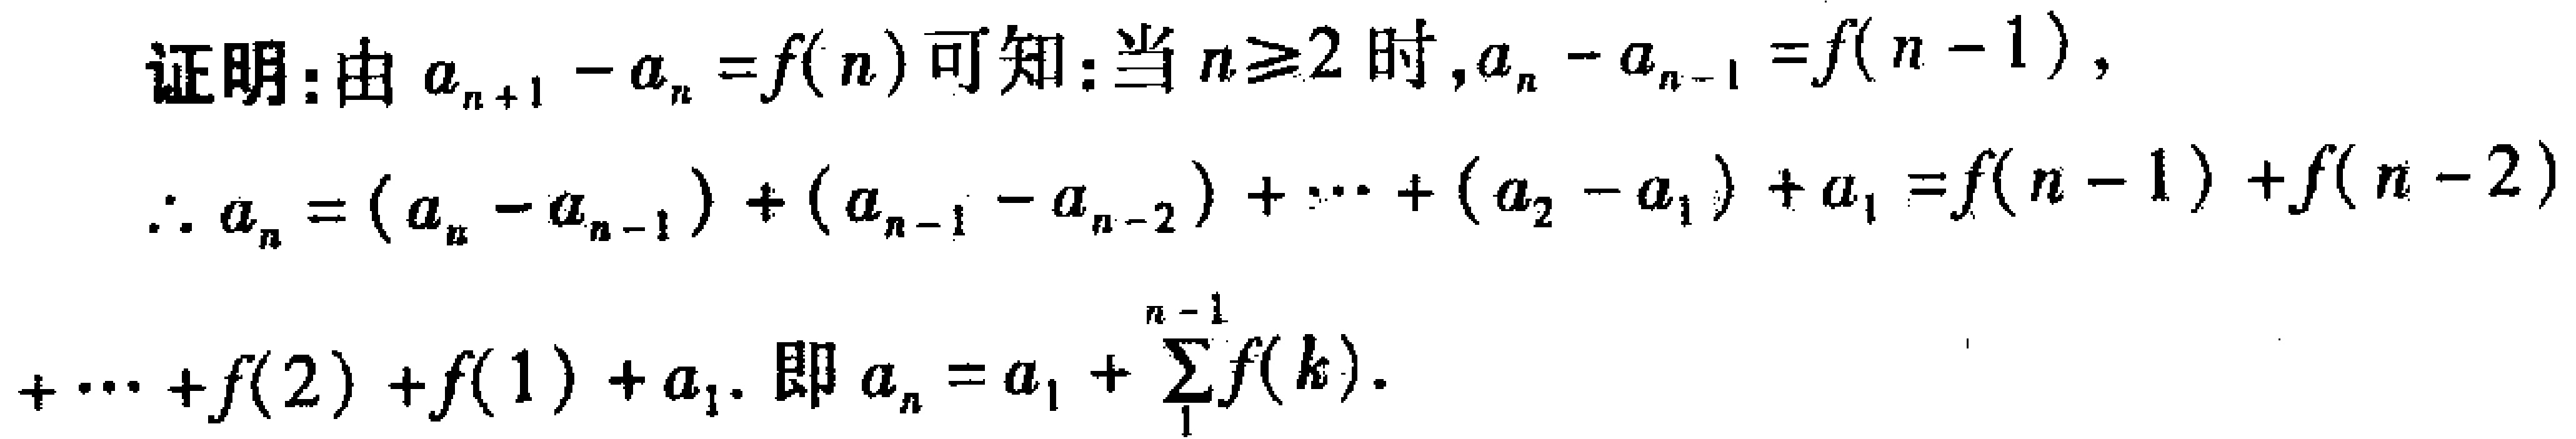
证明：由 \(a_{n + 1} - a_{n} = f(n)\) 可知：当 \(n\geq2\) 时，\(a_{n} - a_{n - 1} = f(n - 1)\)，
\(\therefore a_{n}=(a_{n}-a_{n - 1})+(a_{n - 1}-a_{n - 2})+\cdots+(a_{2}-a_{1})+a_{1}=f(n - 1)+f(n - 2)+\cdots + f(2)+f(1)+a_{1}\). 即 \(a_{n}=a_{1}+\sum_{1}^{n - 1} f(k)\).